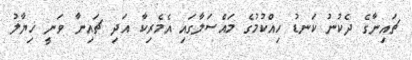
ޗައިނާގެ ދެކުނު ކަނޑު ހިއްކުމުގެ މައްސަލާގައި އެމެރިކާ އަދި ޗައިނާ ވަނީ ޚިޔާލު